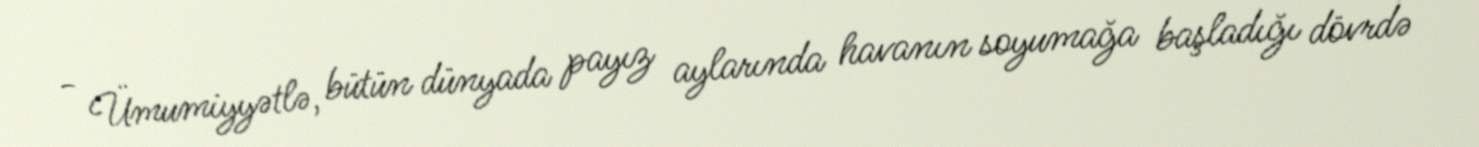
- Ümumiyyətlə, bütün dünyada payız aylarında havanın soyumağa başladığı dövrdə